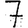
Digit: 7